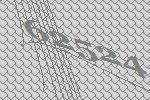
62524